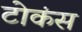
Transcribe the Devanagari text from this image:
टोकंस